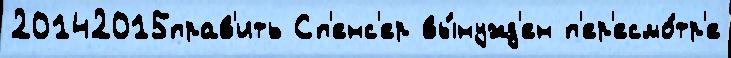
20142015прав'ить Сп'енс'ер вы́нужд'ен п'ер'есмо́тр'е